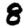
Digit: 8